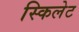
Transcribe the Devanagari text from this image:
स्किलेट